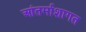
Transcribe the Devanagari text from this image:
आंतर्माशागत